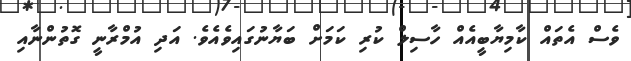
ވެސް އެތައް ކާމިޔާބީއެއް ހާސިލް ކުރި ކަމަށް ބަޔާނުގައިވެއެވެ. އަދި އުމްރާނީ ގޮތުންނާއި